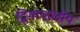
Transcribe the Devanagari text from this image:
द्विमण्डलीय